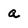
Character: a